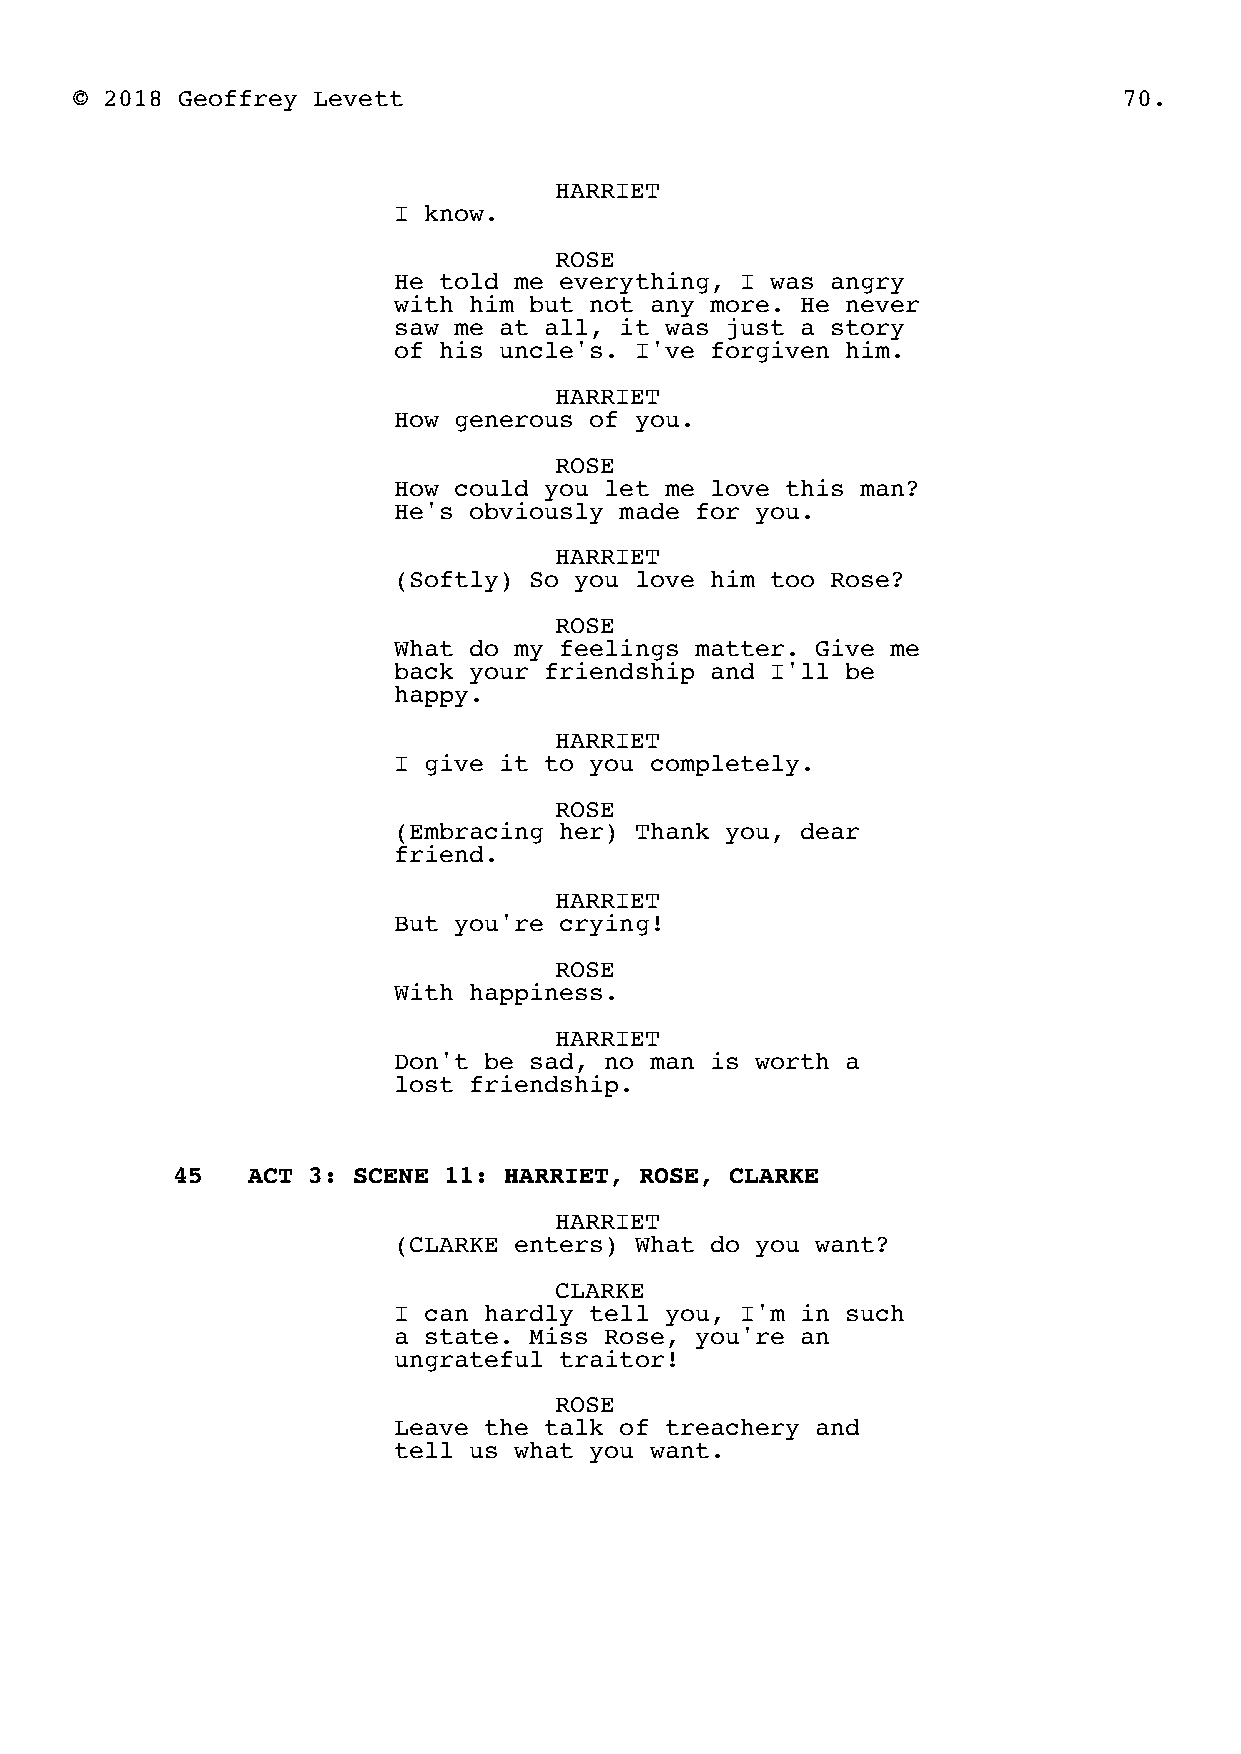
© 2018 Geoffrey Levett                                               70.
 HARRIET
 I know.
 ROSE
 He told me everything, I was angry
 with him but not any more. He never
 saw me at all, it was just a story
 of his uncle's. I've forgiven him.
 HARRIET
 How generous of you.
 ROSE
 How could you let me love this man?
 He's obviously made for you.
 HARRIET
 (Softly) So you love him too Rose?
 ROSE
 What do my feelings matter. Give me
 back your friendship and I'll be
 happy.
 HARRIET
 I give it to you completely.
 ROSE
 (Embracing her) Thank you, dear
 friend.
 HARRIET
 But you're crying!
 ROSE
 With happiness.
 HARRIET
 Don't be sad, no man is worth a
 lost friendship.
 45   ACT 3: SCENE 11: HARRIET, ROSE, CLARKE
 HARRIET
 (CLARKE enters) What do you want?
 CLARKE
 I can hardly tell you, I'm in such
 a state. Miss Rose, you're an
 ungrateful traitor!
 ROSE
 Leave the talk of treachery and
 tell us what you want.